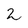
Character: 2